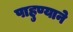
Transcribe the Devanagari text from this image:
पाहुण्याने